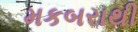
મકબરાથી